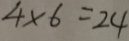
4 \times 6 = 2 4